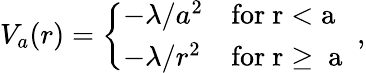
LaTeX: V_{a}(r)=\left\{ \begin{array}{ll}{{-\lambda/a^{2}}}&{{\mathrm{for~r<a~}}}\\ {{-\lambda/r^{2}}}&{{\mathrm{for~r\geq~a~}}}\end{array}\right.\; ,